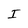
Character: I